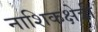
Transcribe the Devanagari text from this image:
नाशिकक्षेत्री